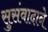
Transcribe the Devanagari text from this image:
सुसंवादाने